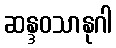
ဆန္ဒဝသာနုဂါ